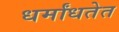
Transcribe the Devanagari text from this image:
धर्मांधतेत